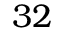
3 2